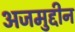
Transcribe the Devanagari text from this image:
अजमुद्दीन